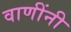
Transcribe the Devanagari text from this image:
वाणींनी